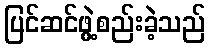
ပြင်ဆင်ဖွဲ့စည်းခဲ့သည်